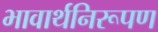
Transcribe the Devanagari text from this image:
भावार्थनिरूपण